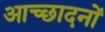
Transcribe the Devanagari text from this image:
आच्छादनों